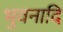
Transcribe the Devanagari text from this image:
भुवनादि